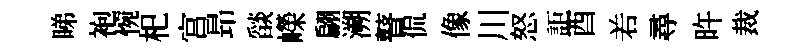
睇袍惋𣏌宫昻𦦨嶸翩溯瞽侃像川怒詎酉𠰥尋旿裁